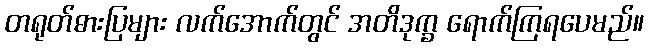
တရုတ်ဓားပြများ လက်အောက်တွင် အတိဒုက္ခ ရောက်ကြရပေမည်။